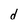
Character: d